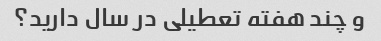
و چند هفته تعطیلی در سال دارید؟